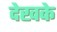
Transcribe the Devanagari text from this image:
देखके